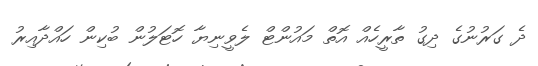
ދެ ގަރުނުގެ ދިގު ތާރީހެއް އޮތް މައުންޓް ލެވީނިޔާ ހޮޓަލުން ބުކިން ހައްދާއިރު